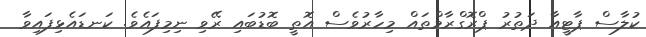
ކުލާސް ޕާޓީއާ ދަތުރު ޕްރޮގްރާމްތައް މިހާރުވެސް އޮތީ ބޮޑުބައި ރޭވި ނިމިފައެވެ. ކަނޑައެޅިފައިވާ